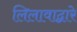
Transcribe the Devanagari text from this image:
लिलावाद्वारे